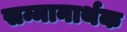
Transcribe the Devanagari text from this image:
सम्मानार्थक